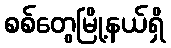
စစ်တွေမြို့နယ်ရှိ